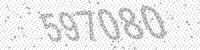
Solution: 597080